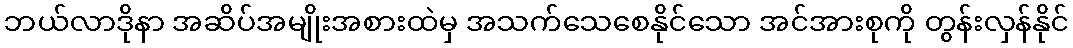
ဘယ်လာဒိုနာ အဆိပ်အမျိုးအစားထဲမှ အသက်သေစေနိုင်သော အင်အားစုကို တွန်းလှန်နိုင်